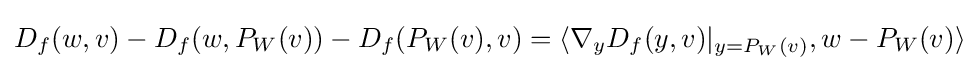
D_{f}(w,v)-D_{f}(w,P_{W}(v))-D_{f}(P_{W}(v),v)=\langle \nabla _{y}D_{f}(y,v)|_{y=P_{W}(v)},w-P_{W}(v)\rangle